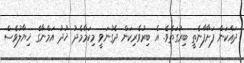
ދައްކަން ފަށާފާނެތީ ބިރުގަތެވެ. އެ ބިރުވެރިކަން ދެގުނަވީ މިކަމާމެދު ޚުދު އަމްނާގެ ޚިޔާލުވެސް